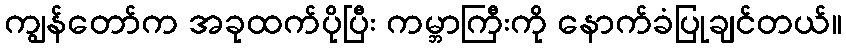
ကျွန်တော်က အခုထက်ပိုပြီး ကမ္ဘာကြီးကို နောက်ခံပြုချင်တယ်။